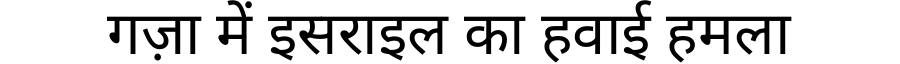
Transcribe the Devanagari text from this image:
गज़ा में इसराइल का हवाई हमला